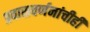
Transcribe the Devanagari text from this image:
प्रवासवर्णनांचीही